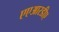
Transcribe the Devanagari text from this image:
एएआरडीए